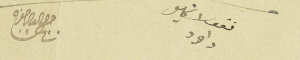
نقولا خليل داود                           جرجس الياس مفرج